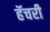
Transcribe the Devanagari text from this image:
हॅचरी